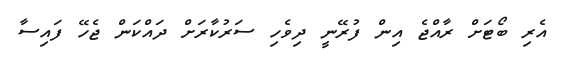
އެރި ބޯޓަށް ރާއްޖެ އިން ފުރޭނީ ދިވެހި ސަރުކާރަށް ދައްކަން ޖެހޭ ފައިސާ